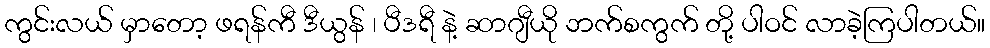
ကွင်းလယ် မှာတော့ ဖရန်ကီ ဒီယွန် ၊ ပီဒရီ နဲ့ ဆာဂျီယို ဘက်စကွက် တို့ ပါဝင် လာခဲ့ကြပါတယ်။